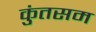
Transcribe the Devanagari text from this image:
कुंतसम